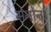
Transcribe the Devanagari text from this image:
मेनोन।